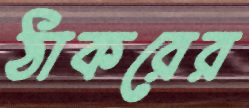
ঠাকরের